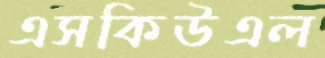
এসকিউএল